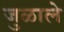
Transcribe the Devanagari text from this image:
जुळाले